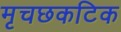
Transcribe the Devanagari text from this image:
मृचछकटिक